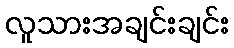
လူသားအချင်းချင်း